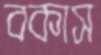
বকাস